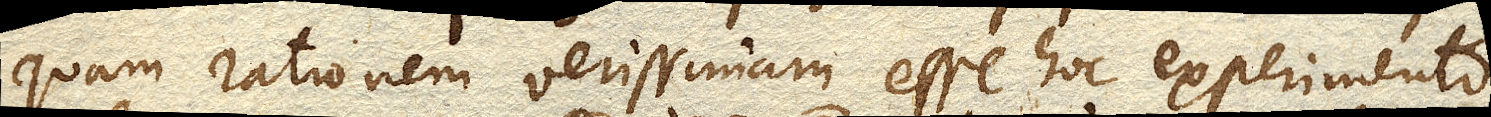
Quam rationem verissimam esse hoc experimento